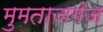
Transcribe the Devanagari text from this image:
मुमताजगंज